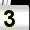
Digit: 3